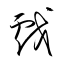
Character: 戲